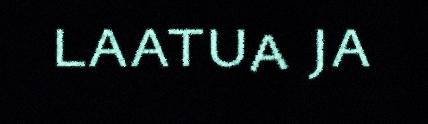
laatua ja